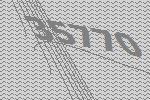
35770